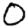
Digit: 0